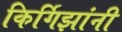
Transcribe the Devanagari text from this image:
किर्गिझांनी